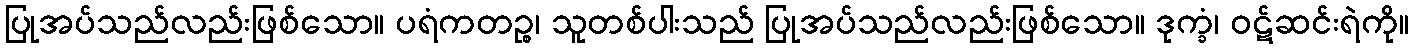
ပြုအပ်သည်လည်းဖြစ်သော။ ပရံကတဉ္စ၊ သူတစ်ပါးသည် ပြုအပ်သည်လည်းဖြစ်သော။ ဒုက္ခံ၊ ဝဋ်ဆင်းရဲကို။